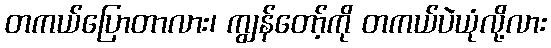
တကယ်ပြောတာလား၊ ကျွန်တော့်ကို တကယ်ပဲယုံလို့လား